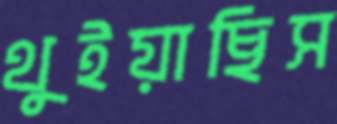
থুইয়াছিস